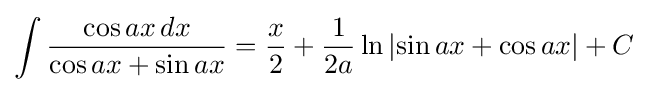
\int {\frac {\cos ax\,dx}{\cos ax+\sin ax}}={\frac {x}{2}}+{\frac {1}{2a}}\ln \left|\sin ax+\cos ax\right|+C